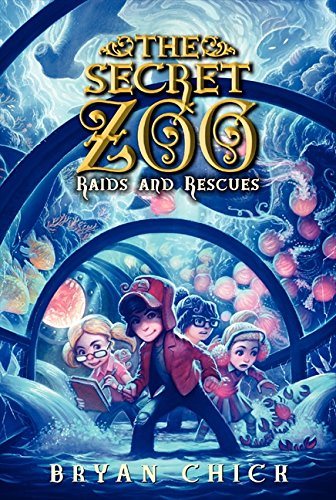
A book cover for The Secret Zoo: Raids and Rescues; Bryan Chick; Children's Books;